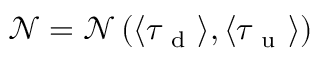
\mathcal { N } = \mathcal { N } \left( \langle \tau _ { \mathrm { ~ d ~ } } \rangle , \langle \tau _ { \mathrm { ~ u ~ } } \rangle \right)